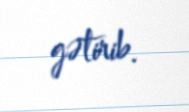
gətirib.